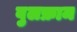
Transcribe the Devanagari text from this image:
वुलफ्राम